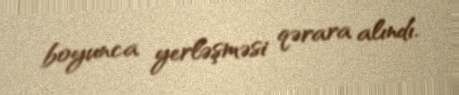
boyunca yerləşməsi qərara alındı.